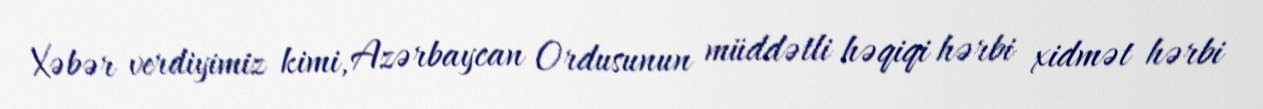
Xəbər verdiyimiz kimi, Azərbaycan Ordusunun müddətli həqiqi hərbi xidmət hərbi